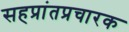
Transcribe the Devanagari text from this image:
सहप्रांतप्रचारक